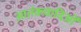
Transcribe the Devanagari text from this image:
आतंकवादिओं